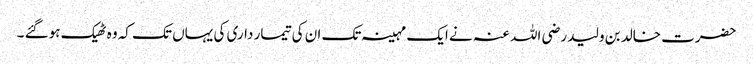
حضرت خالد بن ولید رضی اللہ عنہ نے ایک مہینہ تک ان کی تیمار داری کی یہاں تک کہ وہ ٹھیک ہوگئے ۔